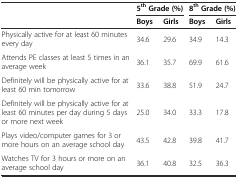
<table><thead><tr><td></td><td colspan="2"><b>5<sup>th</sup>Grade (%)</b></td><td colspan="2"><b>8<sup>th</sup>Grade (%)</b></td></tr><tr><td></td><td><b>Boys</b></td><td><b>Girls</b></td><td><b>Boys</b></td><td><b>Girls</b></td></tr></thead><tbody><tr><td>Physically active for at least 60 minutes every day</td><td>34.6</td><td>29.6</td><td>34.9</td><td>14.3</td></tr><tr><td>Attends PE classes at least 5 times in an average week</td><td>36.1</td><td>35.7</td><td>69.9</td><td>61.6</td></tr><tr><td>Definitely will be physically active for at least 60 min tomorrow</td><td>33.6</td><td>38.8</td><td>51.9</td><td>24.7</td></tr><tr><td>Definitely will be physically active for at least 60 minutes per day during 5 days or more next week</td><td>25.0</td><td>34.0</td><td>33.3</td><td>17.8</td></tr><tr><td>Plays video/computer games for 3 or more hours on an average school day</td><td>43.5</td><td>42.8</td><td>39.8</td><td>41.7</td></tr><tr><td>Watches TV for 3 hours or more on an average school day</td><td>36.1</td><td>40.8</td><td>32.5</td><td>36.3</td></tr></tbody></table>